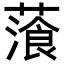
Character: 𦻂